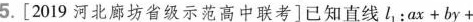
5.[2019河北廊坊省级示范高中联考]已知直线l_{1}：$$a x + b y +